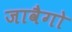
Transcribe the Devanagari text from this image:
जावैगो